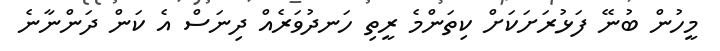
މީހުން ބުނޭ ފަޅުރަށަކަށް ކިތަންމެ ރީތި ހަނދުވަރެއް ދިނަސް އެ ކަން ދަންނާނެ